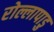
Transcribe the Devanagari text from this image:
रोल्लापाडु